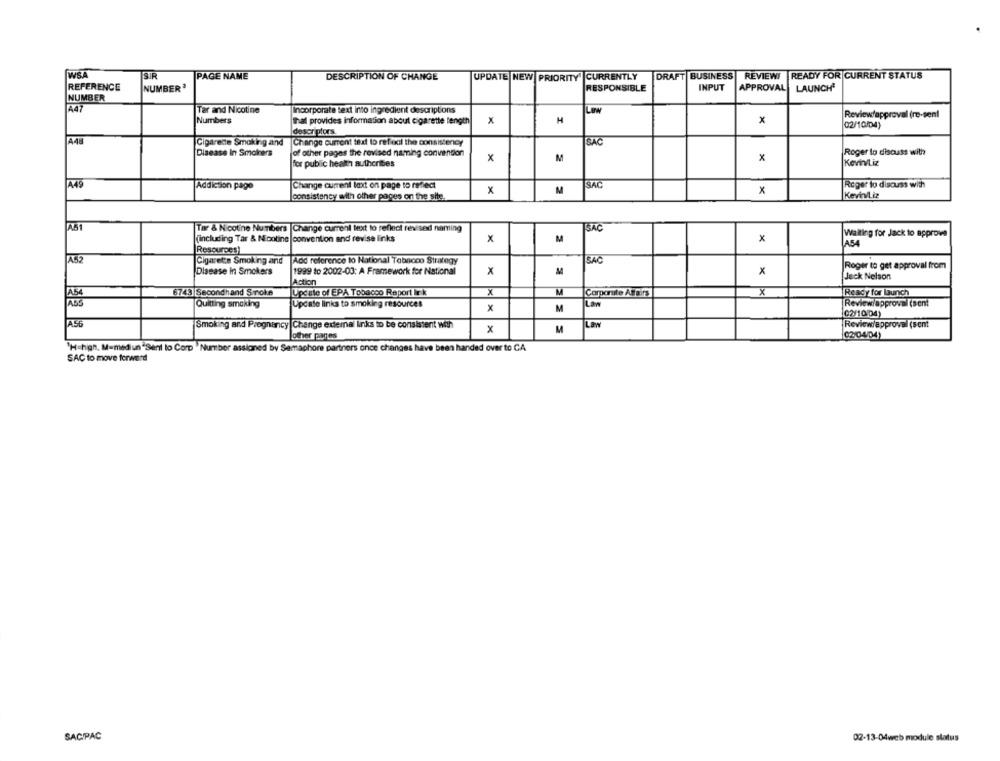
WS.A
SIR
PAGE NAME
DESCRIPTION OF CHANGE
UPDATE NEW PRIORITY CURRENTLY
DRAFT BUSINESS
REVIEW
READY FOR CURRENT STATUS
REFERENCE
NUMBER3
RESPONSIBLE
INPUT
APPROVAL
LAUNCH
NUMBER
A47
Tar and Nicotine
Incorporate text into ingredient descriptions
LOW
Review/approval (rc-sent
Numbers
thal provides information about cigarette length
x
H
x
02/10/04)
descriptors.
A4E
Cigarette Smoking and
Change current text to reflect the consistency
SAC
Disease In Smokers
of other pages the revised naming convention
Roger lo discuss with
x
M
for public health authorities
Kevin/Liz
A49
Addiction pago
Change current laxt on page to reflect
x
M
SAC
x
Roger to discuss with
consistency with other pages on the site.
Kevin/Liz
Tar & Nicotine Numbers |Change current text to reflect revised naming
SAC
Waiting for Jack to approve
(including Tar & Nootine |convention and revise links
x
M
A54
Resources)
A52
Cigarette Smoking and
Add reference to National Tobacco Strategy
SAC
Roger to get approval from
Disease in Smokers
1999 to 2002-03: A Framework for National
x
x
Action
Jeck Nelson
6743 Secondhand Smoke
Update of EPA Tobacco Report Ir k
X
M
Corporate Affairs
x
Ready for Launch
Quitting smoking
Update links to smoking resources
Law
Reviewiapproval (sent
x
M
02/1004)
A56
Smoking and Pregnancy Change external links to be consistent with
La
Review/approval (sent
other pages
x
M
02/04/04)
'H=high. M=med un"Sent lo Corp " Number assigned by Semaphore partners once changes have been handed over to CA
SAC to move forward
SACIPAC
02-13-04web module status